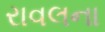
રાવલના